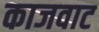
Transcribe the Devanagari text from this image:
काजवाट